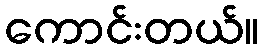
ကောင်းတယ်။